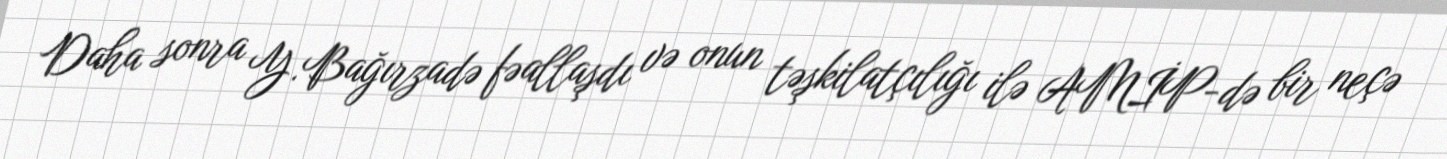
Daha sonra Y.Bağırzadə fəallaşdı və onun təşkilatçılığı ilə AMİP-də bir neçə